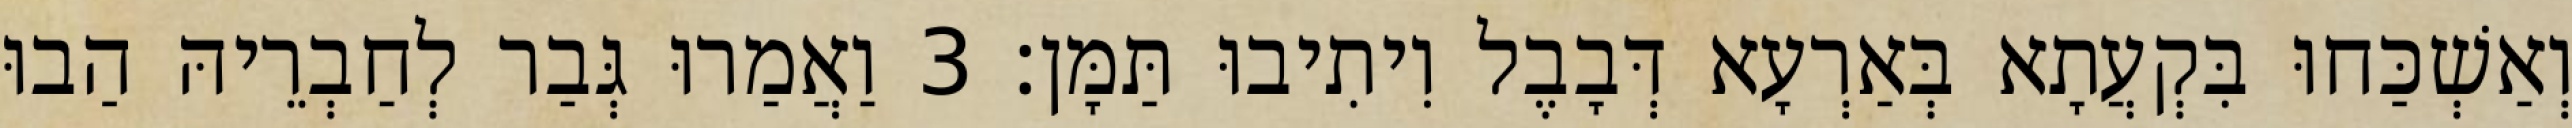
וְאַשְׁכַּחוּ בִּקְעֲתָא בְּאַרְעָא דְּבָבֶל וִיתִיבוּ תַּמָּן׃ 3 וַאֲמַרוּ גְּבַר לְחַבְרֵיהּ הַבוּ